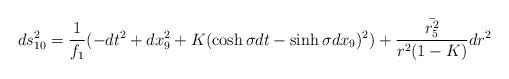
LaTeX: \begin{align*}ds_{10}^2 = \frac{1}{f_1} ( -dt^2 + dx_9^2 + K (\cosh \sigma dt - \sinh \sigma dx_9) ^2 ) + \frac{\bar{r_5^2}}{r^2 ( 1-K )} dr^2 \end{align*}